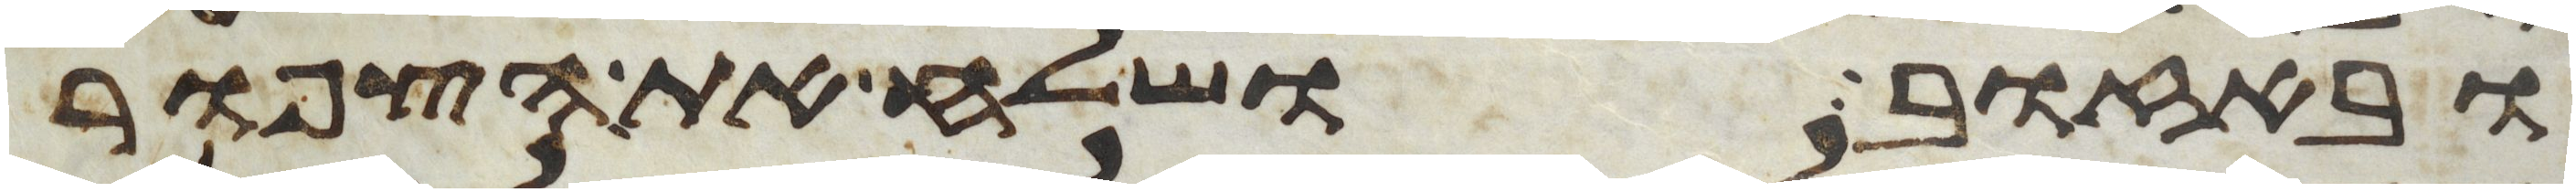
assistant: ובאזוב ושלח את הצפור